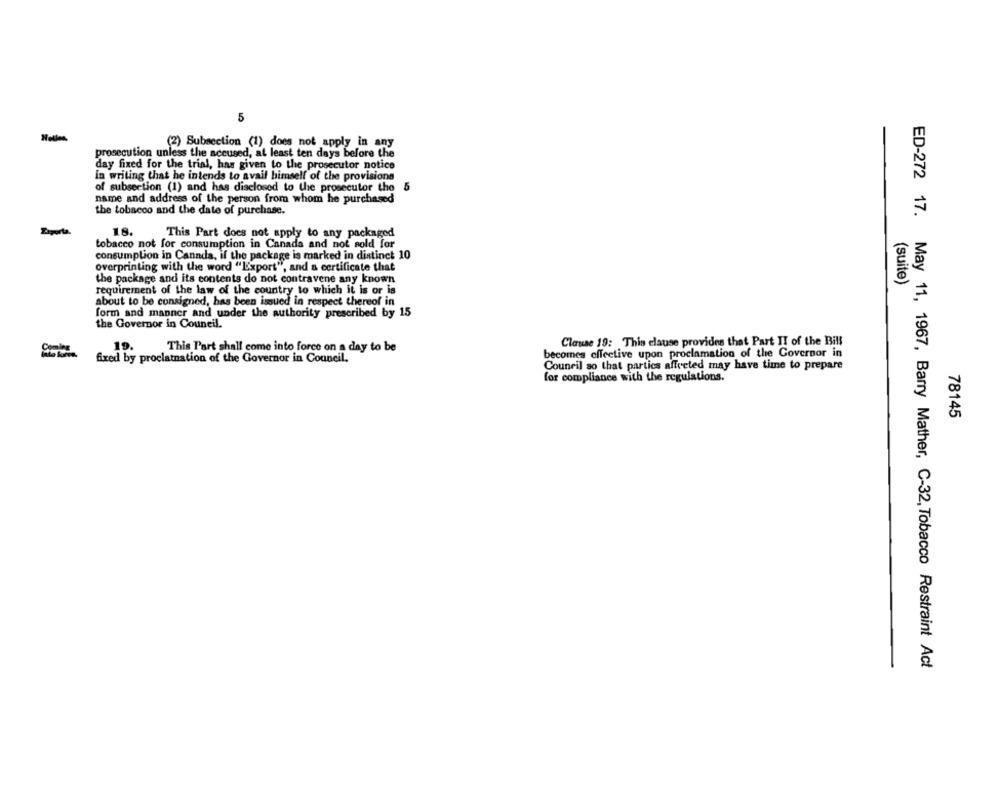
5
(2) Subsection (1) does not apply in any
prosecution unless the accused, at least ten days before the
day fixed for the trial, has given to the prosecutor notice
in writing that he intends to avail himself of the provisions
of subsection (1) and has disclosed to the prosecutor the
5
name and address of the person from whom he purchased
the tobacco and the date of purchase.
Diputa
18.
This Part does not apply to any packaged
tobacco not for consumption in Canada and not sold for
consumption in Canada, if the package is marked in distinct 10
overprinting with the word "Export", and a certificate that
the package and its contents do not contravene any known
requirement of the law of the country to which it is or is
(suite)
about to be consigned, has been issued in respect thereof in
form and manner and under the authority prescribed by 15
the Governor in Council.
19.
Clause 19: This clause provides that Part II of the Bill
This Part shall come into force on a day to be
becomes effective upon proclamation of the Governor in
fixed by proclamation of the Governor in Council.
Council so that parties affected may have time to prepare
for compliance with the regulations.
78145
ED-272 17. May 11, 1967, Barry Mather, C-32, Tobacco Restraint Act